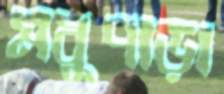
মধুপাড়া